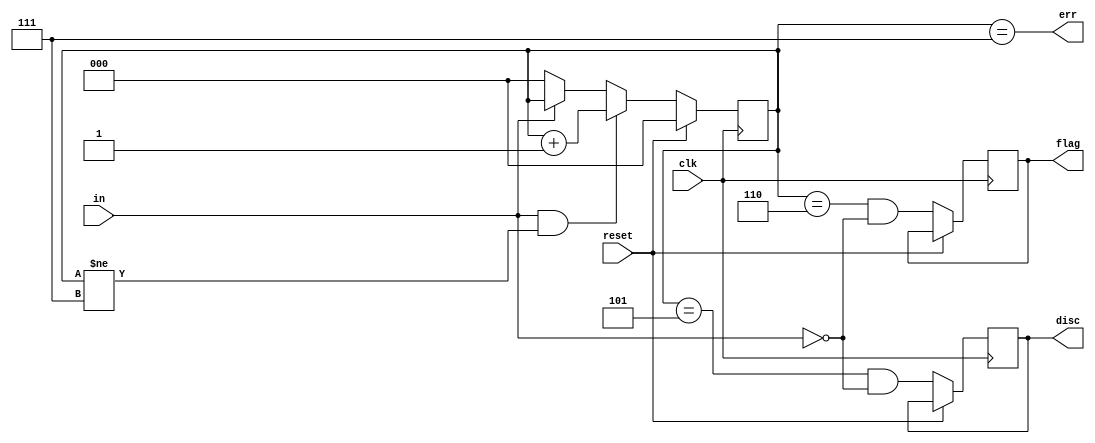
module top_module(
    input clk,
    input reset,    // Synchronous reset
    input in,
    output disc,
    output flag,
    output err);

    reg [2:0] counter; // 0-4 counting, 5 disc, 6 flag, 7 saturating, err
    
    always @(posedge clk) begin
        if (reset) counter <= 0;
        else begin
            if (!in) counter <= 0;
            if (in && counter != 7) counter <= counter + 3'd1;
            
            disc <= (counter == 5) & !in;
            flag <= (counter == 6) & !in;
        end
    end
    
	assign err = counter == 7;
    
endmodule